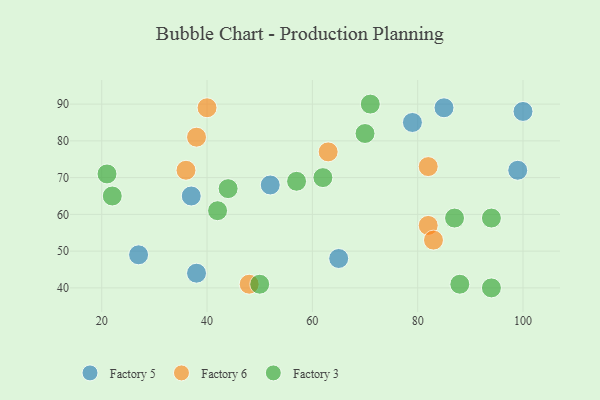
{"axis": {"x": "GDP", "y": "Life Expectancy"}, "legend": ["Factory 3", "Factory 5", "Factory 6"], "data": [{"x": "99", "y": 72, "type": "Factory 5"}, {"x": "85", "y": 89, "type": "Factory 5"}, {"x": "37", "y": 65, "type": "Factory 5"}, {"x": "52", "y": 68, "type": "Factory 5"}, {"x": "79", "y": 85, "type": "Factory 5"}, {"x": "100", "y": 88, "type": "Factory 5"}, {"x": "27", "y": 49, "type": "Factory 5"}, {"x": "38", "y": 44, "type": "Factory 5"}, {"x": "65", "y": 48, "type": "Factory 5"}, {"x": "82", "y": 57, "type": "Factory 6"}, {"x": "40", "y": 89, "type": "Factory 6"}, {"x": "48", "y": 41, "type": "Factory 6"}, {"x": "82", "y": 73, "type": "Factory 6"}, {"x": "83", "y": 53, "type": "Factory 6"}, {"x": "36", "y": 72, "type": "Factory 6"}, {"x": "63", "y": 77, "type": "Factory 6"}, {"x": "38", "y": 81, "type": "Factory 6"}, {"x": "57", "y": 69, "type": "Factory 3"}, {"x": "70", "y": 82, "type": "Factory 3"}, {"x": "22", "y": 65, "type": "Factory 3"}, {"x": "62", "y": 70, "type": "Factory 3"}, {"x": "50", "y": 41, "type": "Factory 3"}, {"x": "88", "y": 41, "type": "Factory 3"}, {"x": "21", "y": 71, "type": "Factory 3"}, {"x": "87", "y": 59, "type": "Factory 3"}, {"x": "44", "y": 67, "type": "Factory 3"}, {"x": "94", "y": 40, "type": "Factory 3"}, {"x": "94", "y": 59, "type": "Factory 3"}, {"x": "71", "y": 90, "type": "Factory 3"}, {"x": "42", "y": 61, "type": "Factory 3"}]}